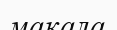
макала